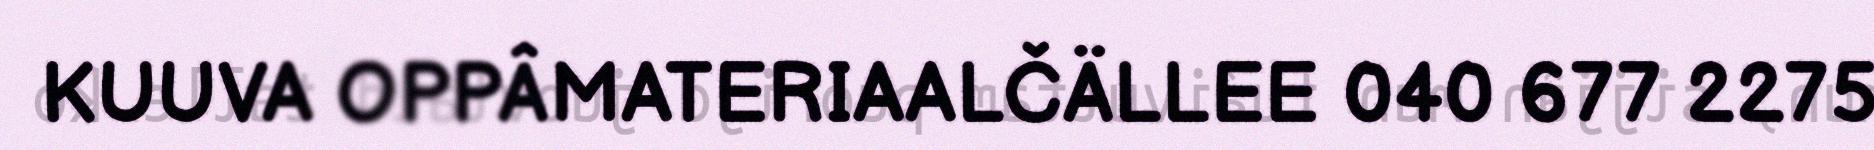
KUUVA OPPÂMATERIAALČÄLLEE 040 677 2275